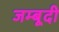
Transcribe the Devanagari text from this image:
जम्बूदी